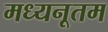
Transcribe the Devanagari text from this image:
मध्यनूतम